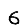
Digit: 6